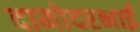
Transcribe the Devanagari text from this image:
दामोदरभाई